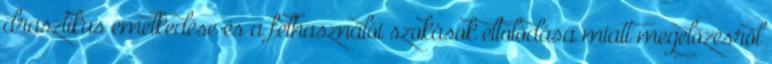
drasztikus emelkedése és a felhasználói szokások eltolódása miatt megelőzésről